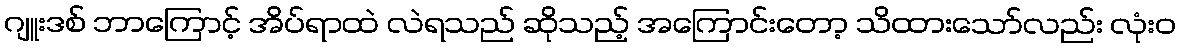
ဂျူးဒစ် ဘာကြောင့် အိပ်ရာထဲ လဲရသည် ဆိုသည့် အကြောင်းတော့ သိထားသော်လည်း လုံးဝ